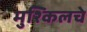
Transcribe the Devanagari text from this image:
मुश्किलचे